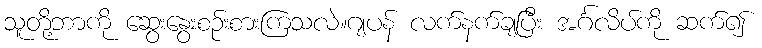
သူတို့ဘာကို ဆွေးနွေးစဉ်းစားကြသလဲ။ဂျပန် လက်နက်ချပြီး အင်္ဂလိပ်ကို ဆက်၍